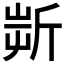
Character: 𣂟